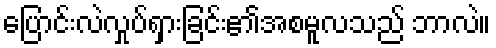
ပြောင်းလဲလှုပ်ရှားခြင်း၏အစမူလသည် ဘာလဲ။